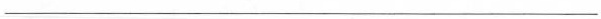
___